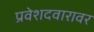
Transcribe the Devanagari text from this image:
प्रवेशदवारावर